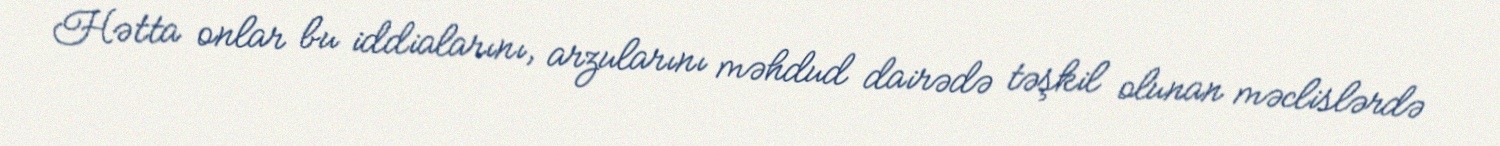
Hətta onlar bu iddialarını, arzularını məhdud dairədə təşkil olunan məclislərdə